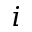
i